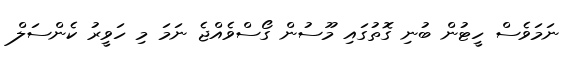
ނަމަވެސް ހީޓުން ބުނި ގޮތުގައި މޫސުން ގޯސްވެއްޖެ ނަމަ މި ހަވީރު ކެންސަލް